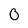
Character: 0